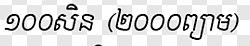
១០០សិន (២០០០ព្យាម)